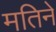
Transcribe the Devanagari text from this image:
मतिने